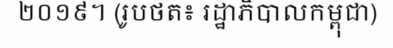
២០១៩។ (រូបថត៖ រដ្ឋាភិបាលកម្ពុជា)